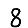
Digit: 8